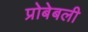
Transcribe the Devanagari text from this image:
प्रोबेबली